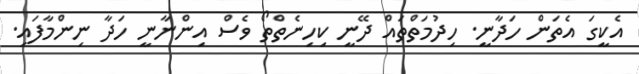
އެކީގަ އެތަން ހަދާނީ. ހިދުމަތްތައް ދޭނީ ކިހިނެތްތޯ ވެސް އިންނާނީ ހަދާ ނިންމާފައި.